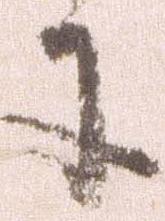
に